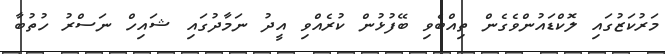
މަރުކަޒުގައި ލޮކްޑައުންވެގެން ތިއްބެވި ބޭފުޅުން ކުރެއްވި އީދު ނަމާދުގައި ޝައިހް ނަސްރު ހުތުބާ